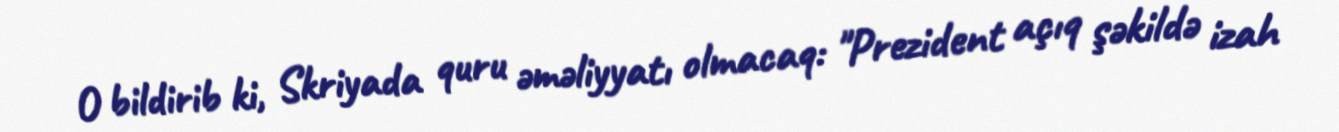
O bildirib ki, Skriyada quru əməliyyatı olmacaq: "Prezident açıq şəkildə izah